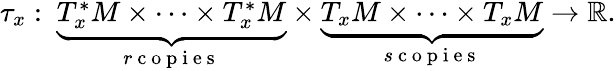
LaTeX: \begin{array}{r}{\tau_{x}:\mathrm{~}\underbrace{T_{x}^{*}M\times\cdots\times T_{x}^{*}M}_{r\mathrm{~c~o~p~i~e~s~}}\times\underbrace{T_{x}M\times\cdots\times T_{x}M}_{s\mathrm{~c~o~p~i~e~s~}}\to\mathbb{R}.}\end{array}